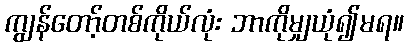
ကျွန်တော့်တစ်ကိုယ်လုံး ဘာကိုမျှယုံ၍မရ။